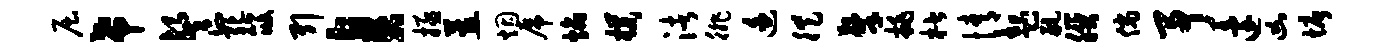
屈希餐绝筱引臭拯蕙烟虎焰朴渚徘迫徙擎挑楷情起航朕倘予迨凶塘